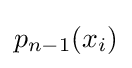
p_{n-1}(x_{i})